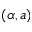
( \alpha , a )